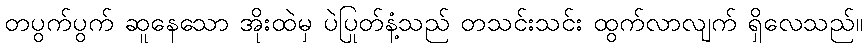
တပွက်ပွက် ဆူနေသော အိုးထဲမှ ပဲပြုတ်နံ့သည် တသင်းသင်း ထွက်လာလျက် ရှိလေသည်။